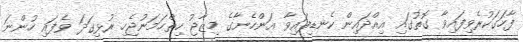
ފާހަގަކުރެވިފައިވާ ގޮތުގައި އިއްދައިން ކެނޑިފައިވާ އަންހެނާގެ މިޒާޖު ހިތްހަމަނުޖެހި ރުޅިގަދަ ވެފައި ހުންނަ